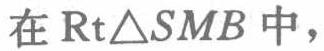
在$\text{Rt}\triangle SMB$中，